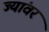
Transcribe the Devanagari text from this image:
ज्यांवर